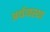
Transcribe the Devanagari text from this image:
अर्थव्वस्था